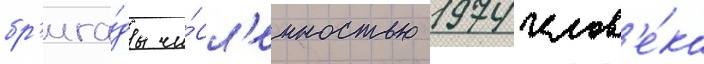
бр'ига́ды чи́сл'енностью 1974 челов'е́ка